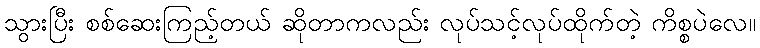
သွားပြီး စစ်ဆေးကြည့်တယ် ဆိုတာကလည်း လုပ်သင့်လုပ်ထိုက်တဲ့ ကိစ္စပဲလေ။